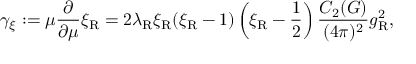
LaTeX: \gamma _ { \xi } : = \mu \frac \partial { \partial \mu } \xi _ { \mathrm { R } } = 2 \lambda _ { \mathrm { R } } \xi _ { \mathrm { R } } ( \xi _ { \mathrm { R } } - 1 ) \left( \xi _ { \mathrm { R } } - { \frac { 1 } { 2 } } \right) \frac { C _ { 2 } ( G ) } { ( 4 \pi ) ^ { 2 } } g _ { \mathrm { R } } ^ { 2 } ,